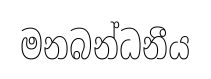
මනබන්ධනීය